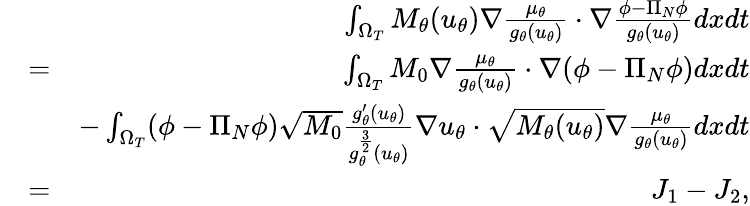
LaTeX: \begin{array}{rlr}&{}&{\int_{\Omega_{T}}M_{\theta}(u_{\theta})\nabla\frac{\mu_{\theta}}{g_{\theta}(u_{\theta})}\cdot\nabla\frac{\phi-\Pi_{N}\phi}{g_{\theta}(u_{\theta})}dxdt}\\ &{=}&{\int_{\Omega_{T}}M_{0}\nabla\frac{\mu_{\theta}}{g_{\theta}(u_{\theta})}\cdot\nabla(\phi-\Pi_{N}\phi)dxdt}\\ &{}&{-\int_{\Omega_{T}}(\phi-\Pi_{N}\phi)\sqrt{M_{0}}\frac{g_{\theta}^{\prime}(u_{\theta})}{g_{\theta}^{\frac{3}{2}}(u_{\theta})}\nabla u_{\theta}\cdot\sqrt{M_{\theta}(u_{\theta})}\nabla\frac{\mu_{\theta}}{g_{\theta}(u_{\theta})}dxdt}\\ &{=}&{J_{1}-J_{2},}\end{array}